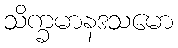
သိက္ခမာနဒသမော